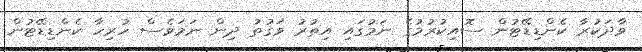
ވާދަކުރާ ކެންޑިޑޭޓުން ސޮއިކުރުމުގެ ނަމުގައި އިތުރު ވަގުތު ދިން ނަމަވެސް ހުރިހާ ކެންޑިޑޭޓުން